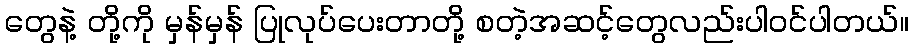
တွေနဲ့ တို့ကို မှန်မှန် ပြုလုပ်ပေးတာတို့ စတဲ့အဆင့်တွေလည်းပါဝင်ပါတယ်။